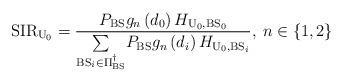
LaTeX: \begin{align*}\mathrm{SIR}_{\mathrm{U}_{0}}=\frac{P_{\mathrm{BS}}g_{n}\left(d_{0}\right)H_{\mathrm{U}_{0},\mathrm{BS}_{0}}}{\underset{\mathrm{BS}_{i}\in\Pi_{\mathrm{BS}}^{\dagger}}{\sum}P_{\mathrm{BS}}g_{n}\left(d_{i}\right)H_{\mathrm{U}_{0},\mathrm{BS}_{i}}},\: n\in\left\{ 1,2\right\} \end{align*}